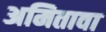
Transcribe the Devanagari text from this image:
अमितावा